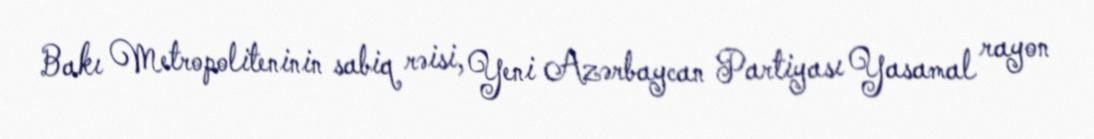
Bakı Metropoliteninin sabiq rəisi, Yeni Azərbaycan Partiyası Yasamal rayon